Jaan_Tonisson_(Lasteleht), lk 163
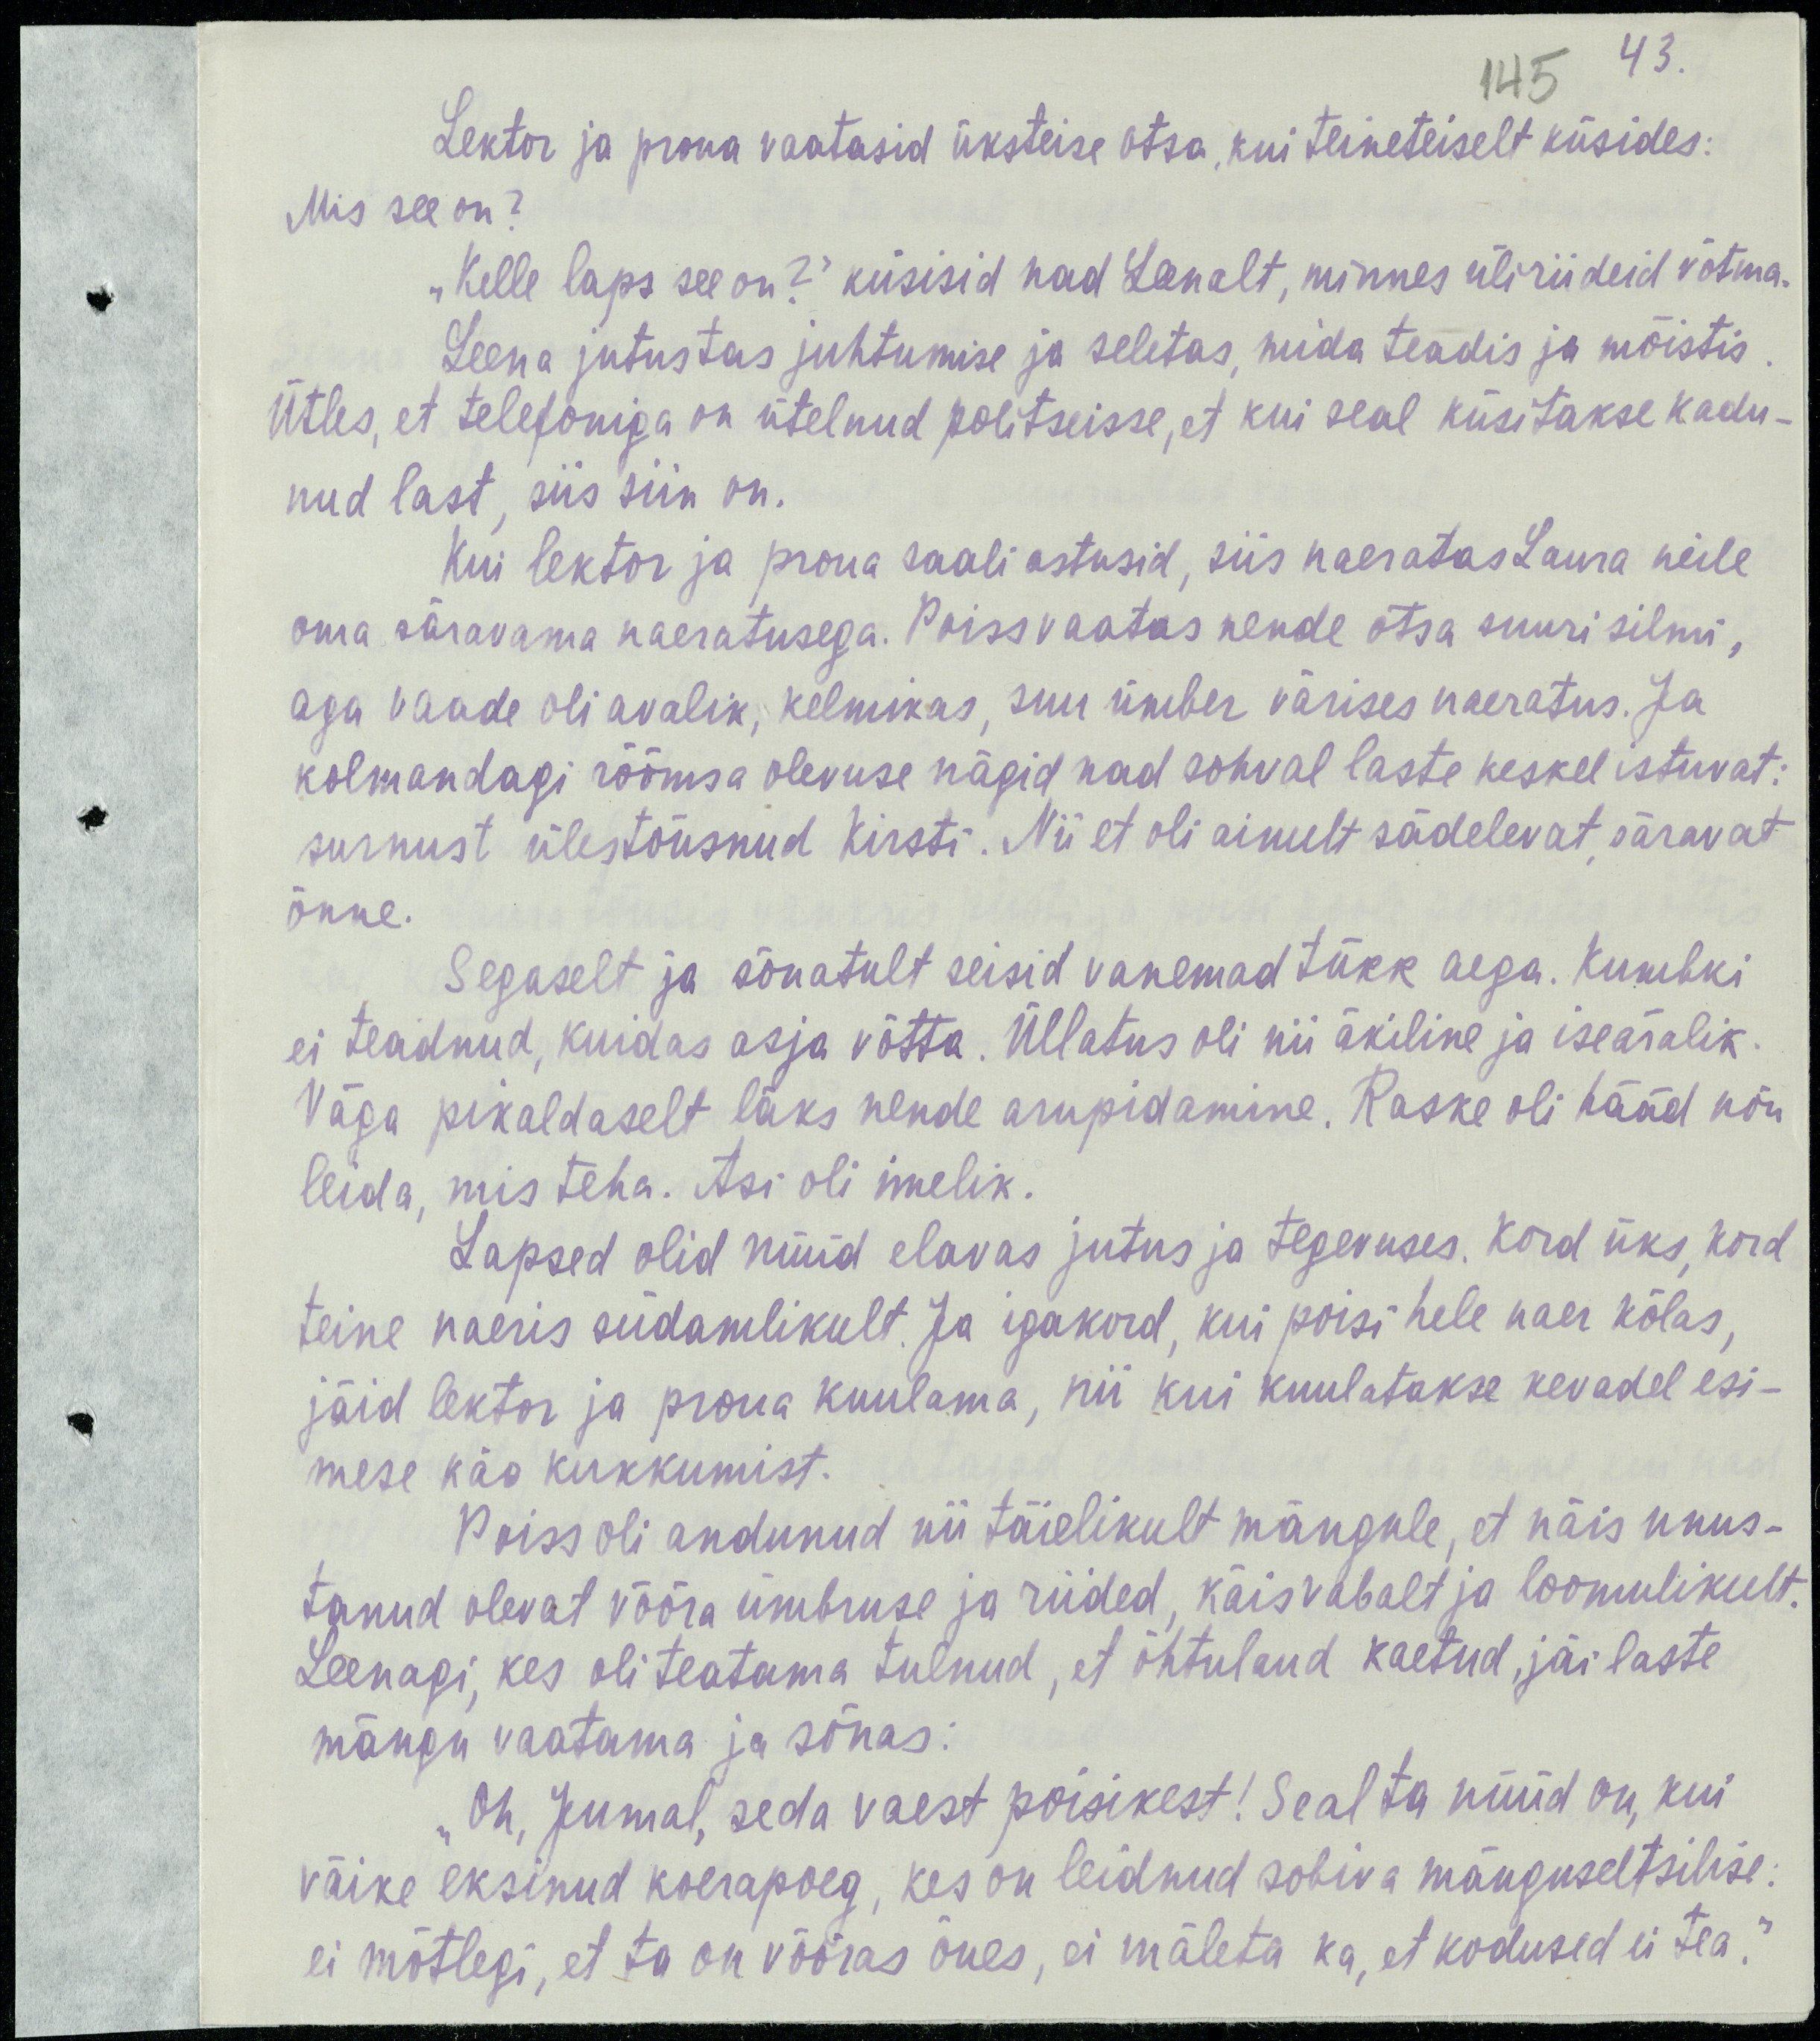
43.
145
Lektor ja proua vaatasid üksteise otsa, kui teineteiselt küsides:
Mis see on?
„Kelle laps see on?“ küsisid nad Leenalt, minnes üliriideid võtma.
Leena jutustas juhtumise ja seletas, mida teadis ja mõistis.
Ütles, et telefoniga on ütelnud politseisse, et kui seal küsitakse kadu-
nud last, siis siin ta on.
Kui lektor ja proua saali astusid, siis naeratas Laura neile
oma säravama naeratusega. Poiss vaatas nende otsa suuri silmi,
aga vaadel oli avalik, kelmikas, suu ümber värises naeratus. Ja
kolmandagi rõõmsa olevuse nägid nad sohval laste keskel istuvat:
surnust ülestõusnud Kirsti. Nii et oli ainult sädelevat, säravat
õnne.
Segaselt ja sõnatult seisid vanemad tükk aega. Kumbki
ei teadnud, kuidas asja võtta. Üllatus oli nii äkiline ja iseäralik.
Väga pikaldaselt läks nende arupidamine. Raske oli hääd nõu
leida, mis teha. Asi oli imelik.
Lapsed olid nüüd elavas jutus ja tegevuses. Kord üks, kord
teine naeris südamlikult. Ja igakord, kui poisi hele naer kõlas,
jäid lektor ja proua kuulama, nii kui kuulatakse kevadel esi-
mese käo kukkumist.
Poiss oli andunud nii täielikult mängule, et näis unus-
tanud olevat võõra ümbruse ja riided, käis vabalt ja loomulikult.
Leenagi, kes oli teatama tulnud, et õhtulaud kaetud, jäi laste
mängu vaatama ja sõnas:
„Oh, Jumal, seda vaest poisikest! Seal ta nüüd on, kui
väike eksinud karupoeg, kes on leidnud sobiva mänguseltsilise.
ei mõtlegi, et ta on võõras õues, ei mäleta ka, et kodused ei tea.“